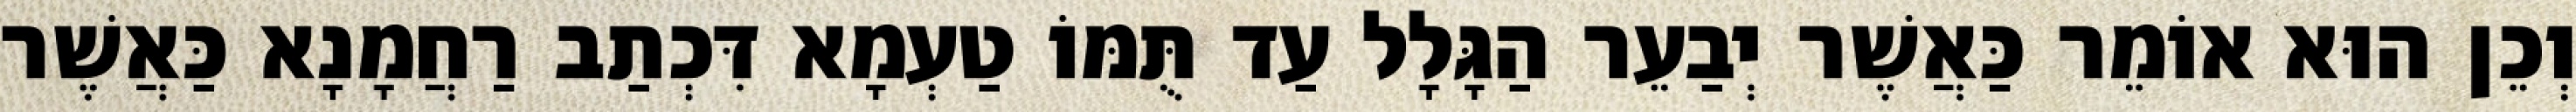
וְכֵן הוּא אוֹמֵר כַּאֲשֶׁר יְבַעֵר הַגָּלָל עַד תֻּמּוֹ טַעְמָא דִּכְתַב רַחֲמָנָא כַּאֲשֶׁר